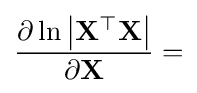
{\frac {\partial \ln \left|\mathbf {X} ^{\top }\mathbf {X} \right|}{\partial \mathbf {X} }}=